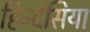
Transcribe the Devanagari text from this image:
हिन्देसिया